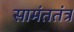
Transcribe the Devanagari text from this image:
सामंततंत्र